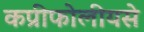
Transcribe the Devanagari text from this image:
कप्रीफोलीयसे